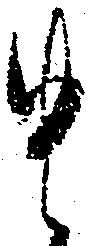
貴